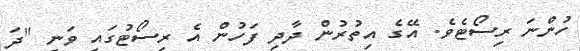
ހުންނަ ރިސޯޓެވެ. އޭގެ އިތުރުން ދާދި ފަހުން އެ ރިސޯޓުގައި ވަނީ "ދަ